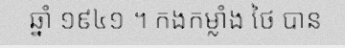
ឆ្នាំ ១៩៤១ ។ កងកម្លាំង ថៃ បាន